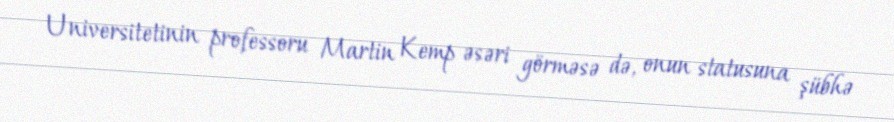
Universitetinin professoru Martin Kemp əsəri görməsə də, onun statusuna şübhə